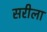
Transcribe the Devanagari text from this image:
सरीला